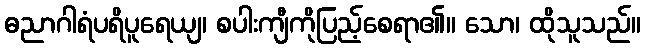
ဓညာဂါရံပရိပူရေယျ၊ စပါးကျီကိုပြည့်စေရာ၏။ သော၊ ထိုသူသည်။